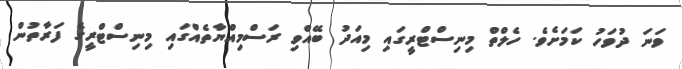
ވަނަ ދުވަހު ކަމަށެވެ. ހެލްތް މިނިސްޓްރީގައި މިއަދު ބޭއްވި ރަސްމިއްޔާތެއްގައި މިނިސްޓްރީގެ ފަރާތުން